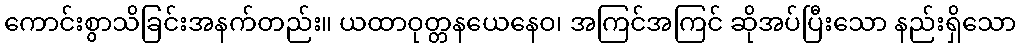
ကောင်းစွာသိခြင်းအနက်တည်း။ ယထာဝုတ္တနယေနေဝ၊ အကြင်အကြင် ဆိုအပ်ပြီးသော နည်းရှိသော